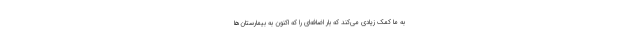
به ما کمک زیادی می‌کند که بار اضافه‌ای را که اکنون به بیمارستان‌ها